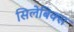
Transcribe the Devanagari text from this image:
सिलेबिक्स